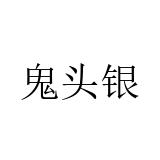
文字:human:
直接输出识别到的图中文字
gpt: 鬼头银